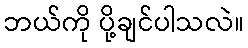
ဘယ်ကို ပို့ချင်ပါသလဲ။